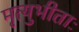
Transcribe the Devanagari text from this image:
मृत्युभीताः